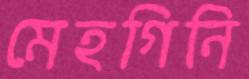
মেহগিনি